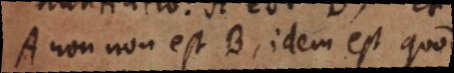
A non non est B, idem est quod